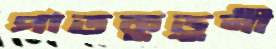
পাতকুড়ুনী